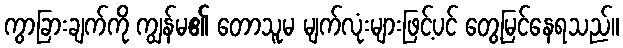
ကွာခြားချက်ကို ကျွန်မ၏ တောသူမ မျက်လုံးများဖြင့်ပင် တွေ့မြင်နေရသည်။